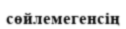
сөйлемегенсің